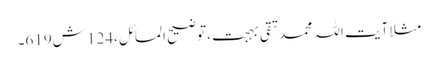
مثلا آیت اللہ محمد تقی بہجت ،توضیح المسائل،124 ش619۔